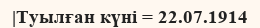
|Туылған күні = 22.07.1914